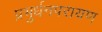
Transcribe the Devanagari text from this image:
प्रभुर्धनपरायण